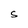
Character: S